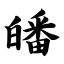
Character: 皤